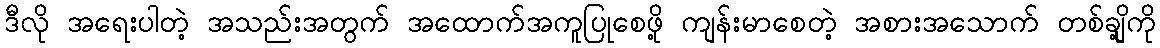
ဒီလို အရေးပါတဲ့ အသည်းအတွက် အထောက်အကူပြုစေဖို့ ကျန်းမာစေတဲ့ အစားအသောက် တစ်ချို့ကို